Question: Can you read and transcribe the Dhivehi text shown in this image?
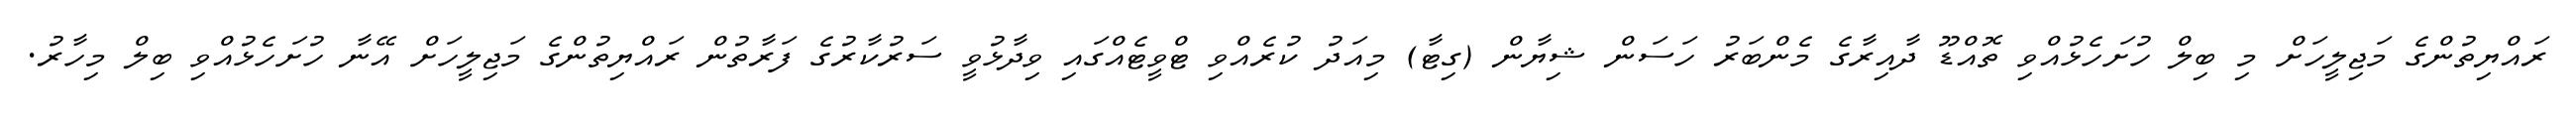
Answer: ރައްޔިތުންގެ މަޖިލީހަށް މި ބިލް ހުށަހެޅުއްވި ތޮއްޑޫ ދާއިރާގެ މެންބަރު ހަސަން ޝިޔާން (ގިޓާ) މިއަދު ކުރެއްވި ޓްވީޓެއްގައި ވިދާޅުވީ ސަރުކާރުގެ ފަރާތުން ރައްޔިތުންގެ މަޖިލީހަށް އޭނާ ހުށަހެޅުއްވި ބިލް މިހާރު.